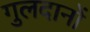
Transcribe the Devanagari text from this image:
गुलदानों